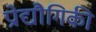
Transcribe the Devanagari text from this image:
प्रोद्यौेगिकी